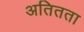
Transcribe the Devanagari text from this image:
अतितता